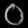
Digit: ၀